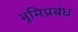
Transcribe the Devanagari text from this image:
भूमिप्रबंध